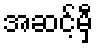
အဆင့်မှီ